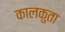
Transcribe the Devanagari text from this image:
कालकुता